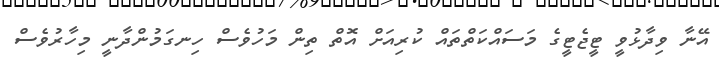
އޭނާ ވިދާޅުވީ ޓީޖެޓީގެ މަސައްކަތްތައް ކުރިއަށް އޮތް ތިން މަހުވެސް ހިނގަމުންދާނީ މިހާރުވެސް